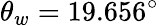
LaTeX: \theta_{w}=19.656^{\circ}